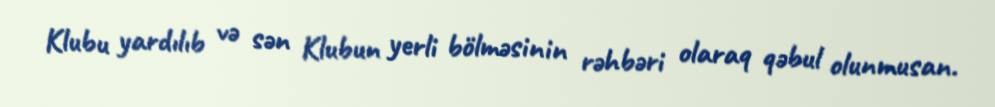
Klubu yardılıb və sən Klubun yerli bölməsinin rəhbəri olaraq qəbul olunmusan.